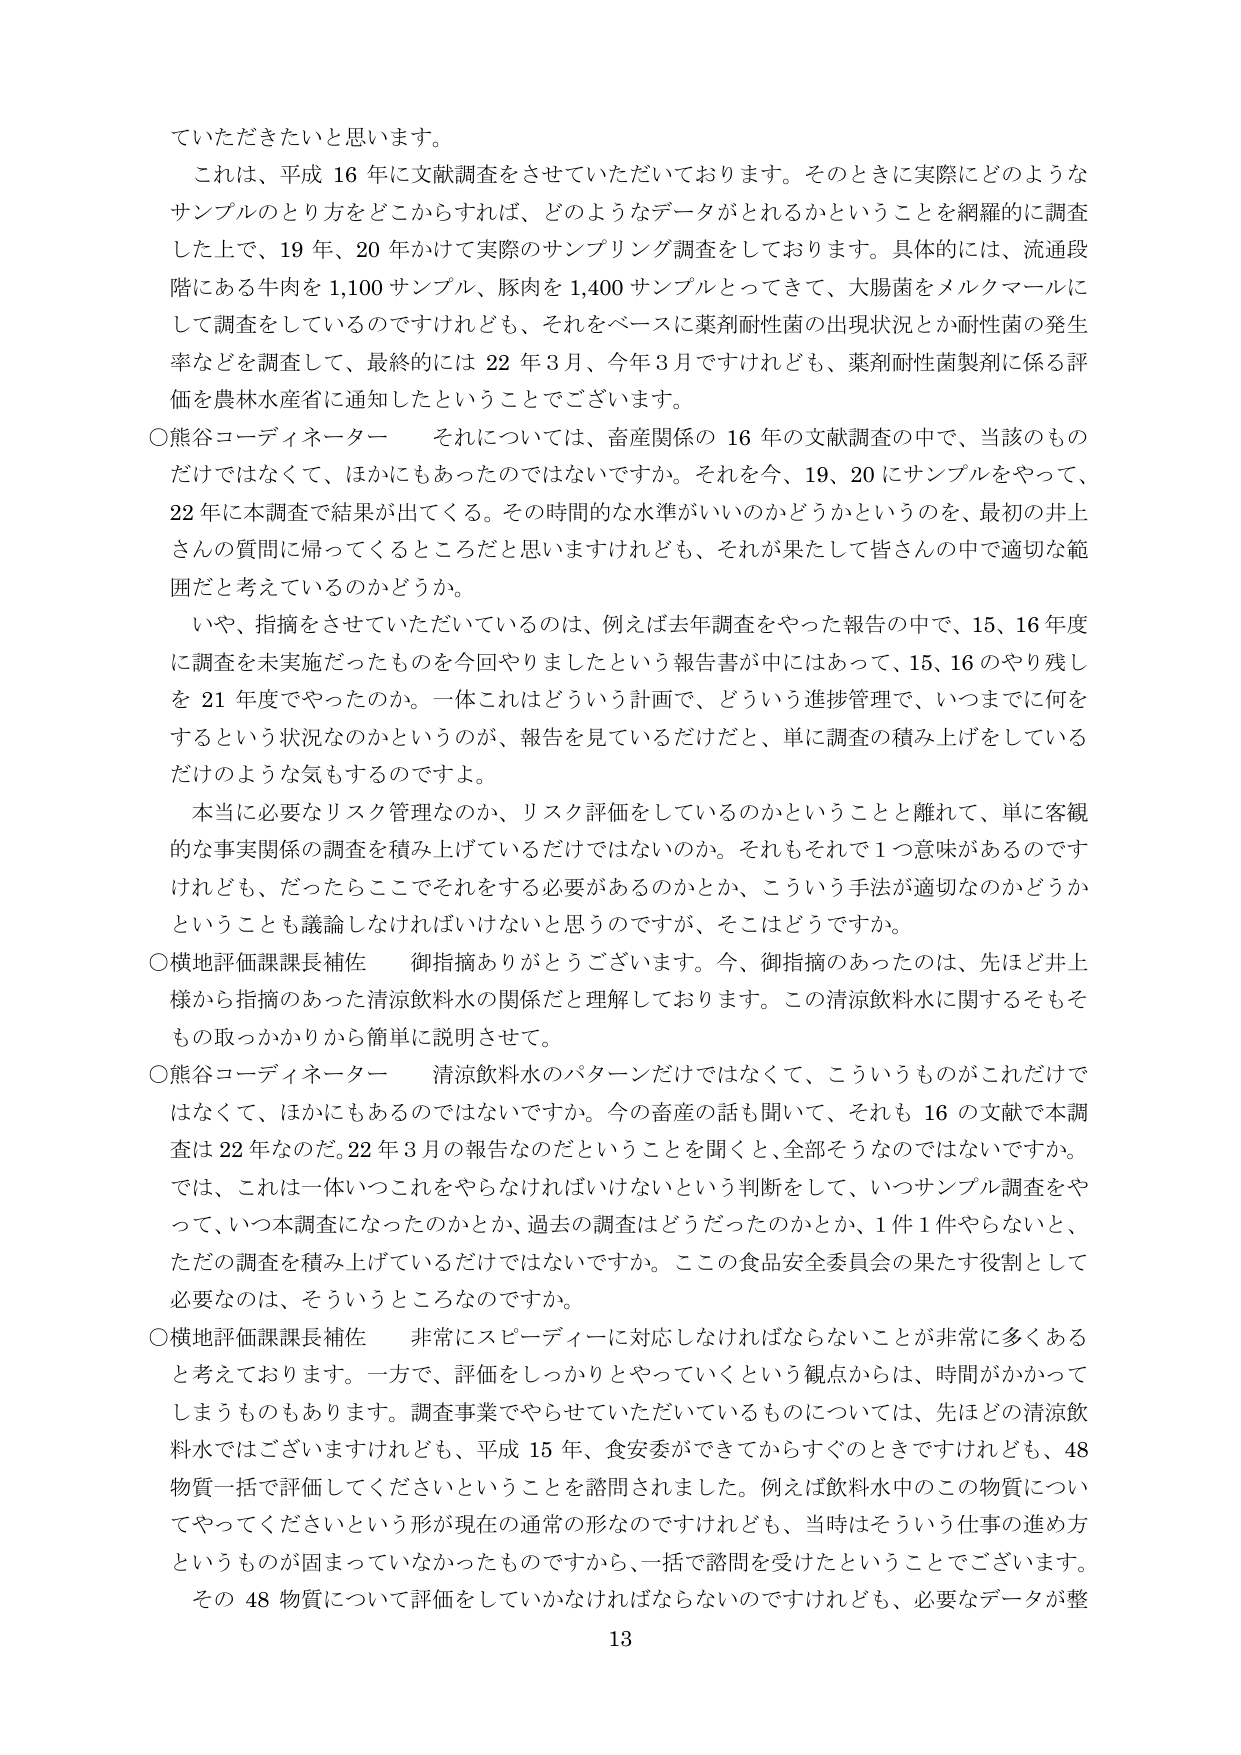
ていただきたいと思います。

これは、平成16年に文献調査をさせていただいております。そのときに実際にどのようなサンプルのとり方をどこからすれば、どのようなデータがとれるかということを網羅的に調査した上で、19年、20年かけて実際のサンプリング調査をしております。具体的には、流通段階にある牛肉を1,100サンプル、豚肉を1,400サンプルとってきて、大腸菌をマルクマールにして調査をしているのですけれども、それをベースに薬剤耐性菌の出現状況とか耐性菌の発生率などを調査して、最終的には22年3月、今年3月ですけれども、薬剤耐性菌製剤に係る評価を農林水産省に通知したということでございます。

○熊谷コーディネーター　それについては、畜産関係の16年の文献調査の中で、当該のものだけではなくて、ほかにもあったのではないですか。それを今、19、20にサンプルをやって、22年に本調査で結果が出てくる。その時間的な水準がいいのかどうかというのを、最初の井上さんの質問に帰ってくるところだと思いますけれども、それが果たして皆さんの中で適切な範囲だと考えているのかどうか。

いや、指摘をさせていただいているのは、例えば去年調査をやった報告の中で、15、16年度に調査を未実施だったものを今回やりましたという報告書が中にはあって、15、16のやり残しを21年度でやったのか。一体これはどういう計画で、どういう進捗管理で、いつまでに何をするという状況なのかというのが、報告を見ているだけだと、単に調査の積み上げをしているだけのような気もするのですよ。

本当に必要なリスク管理なのか、リスク評価をしているのかということと離れて、単に客観的な事実関係の調査を積み上げているだけではないのか。それもそれで1つ意味があるのですけれども、だったらここでそれをする必要があるのかとか、こういう手法が適切なのかどうかということも議論しなければいけないと思うのですが、そこはどうですか。

○横地評価課課長補佐　御指摘ありがとうございます。今、御指摘のあったのは、先ほど井上様から指摘のあった清涼飲料水の関係だと理解しております。この清涼飲料水に関するそもそもの取っかかりから簡単に説明させて。

○熊谷コーディネーター　清涼飲料水のパターンだけではなくて、こういうものがこれだけではなくて、ほかにもあるのではないですか。今の畜産の話も聞いて、それも16の文献で本調査は22年なのだ。22年3月の報告なのだということを聞くと、全部そうなのではないですか。では、これは一体いつこれをやらなければならないという判断をして、いつサンプル調査をやって、いつ本調査になったのかとか、過去の調査はどうだったのかとか、1件1件やらないと、ただの調査を積み上げているだけではないですか。この食品安全委員会の果たす役割として必要なのは、そういうところなのですか。

○横地評価課課長補佐　非常にスピーディーに対応しなければならないことが非常に多くあると考えております。一方で、評価をしっかりやっていくという観点からは、時間がかかってしまうものもあります。調査事業でやらせていただいているものについては、先ほどの清涼飲料水ではございますけれども、平成15年、食安委ができてからすぐのときですけれども、48物質一括で評価してくださいということを諮問されました。例えば飲料水中のこの物質についてやってくださいという形が現在の通常の形なのですが、当時はそういう仕事の進め方というものが固まっていなかったものですから、一括で諮問を受けたということでございます。その48物質について評価をしていかなければならないのですけれども、必要なデータが整

13